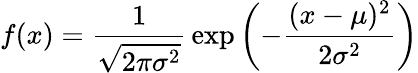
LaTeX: f(x)={\frac{1}{\sqrt{2\pi\sigma^{2}}}}\exp\left(-{\frac{(x-\mu)^{2}}{2\sigma^{2}}}\right)